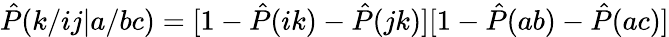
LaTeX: \hat{P}(k/ij|a/bc)=[1-\hat{P}(ik)-\hat{P}(jk)][1-\hat{P}(ab)-\hat{P}(ac)]